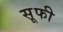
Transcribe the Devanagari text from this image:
स़ूफी